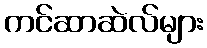
ကင်ဆာဆဲလ်များ